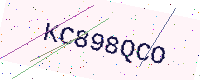
Text: KC898QCO